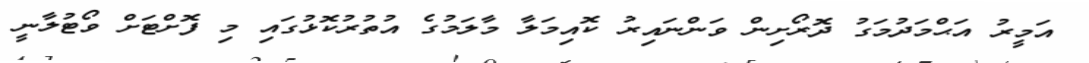
އަމީރު އަޙްމަދުމަގު ދޮރޯށިން ވަންނައިރު ކޮއިމަލާ މާލަމުގެ އުތުރުކޮޅުގައި މި ފޮށްޓަށް ވޯޓުލާނީ